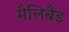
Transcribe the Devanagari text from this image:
मैलिबैंड